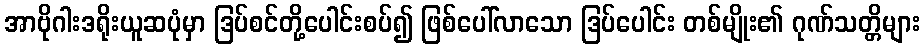
အာဗိုဂါးဒရိုးယူဆပုံမှာ ဒြပ်စင်တို့ပေါင်းစပ်၍ ဖြစ်ပေါ်လာသော ဒြပ်ပေါင်း တစ်မျိုး၏ ဂုဏ်သတ္တိများ